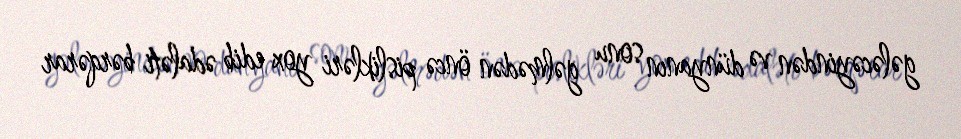
gələcəyindən və dünyanın sonu gəlmədən öncə pislikləri yox edib ədaləti bərqərar